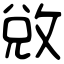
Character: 敓